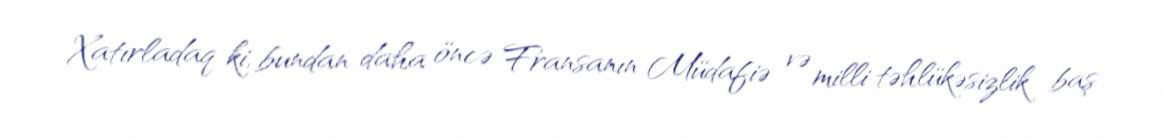
Xatırladaq ki, bundan daha öncə Fransanın Müdafiə və milli təhlükəsizlik baş